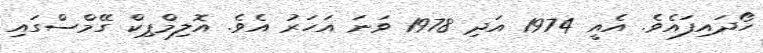
ހޯދައިފައެވެ. އެއީ 1974 އަދި 1978 ވަނަ އަހަރު އެވެ. އޮލިމްޕިކް ގޭމްސްގައި